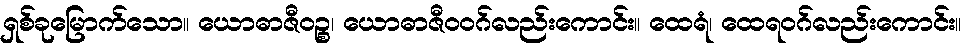
ရှစ်ခုမြောက်သော။ ယောဓာဇီဝဉ္စ၊ ယောဓာဇီဝဝဂ်လည်းကောင်း။ ထေရံ၊ ထေရဝဂ်လည်းကောင်း။